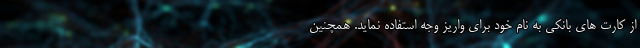
از كارت هاي بانكي به نام خود براي واريز وجه استفاده نمايد. همچنين